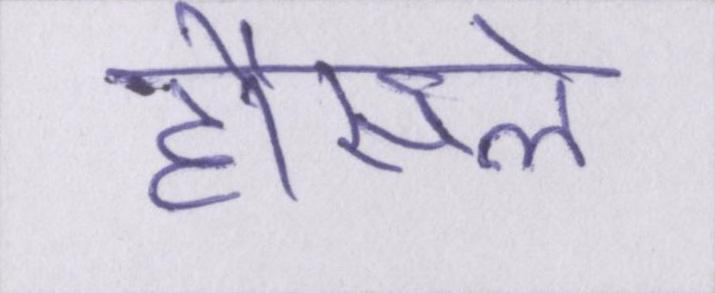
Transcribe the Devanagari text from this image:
हौसले